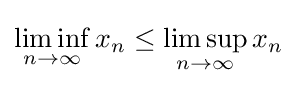
\liminf _{n\to \infty }x_{n}\leq \limsup _{n\to \infty }x_{n}